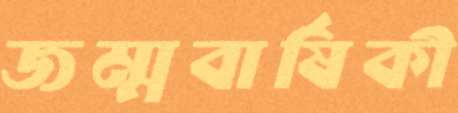
জম্মবার্ষিকী